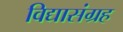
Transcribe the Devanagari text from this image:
विद्यासंग्रह